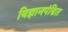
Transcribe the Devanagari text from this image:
विज्ञानपंडित